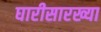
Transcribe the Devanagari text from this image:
घारीसारख्या